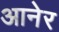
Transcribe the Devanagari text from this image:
आनेर